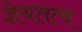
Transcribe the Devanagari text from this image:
ज्ञेयतत्व